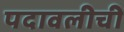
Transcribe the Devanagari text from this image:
पदावलीची